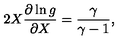
2 X \frac { \partial \ln g } { \partial X } = \frac { \gamma } { \gamma - 1 } ,